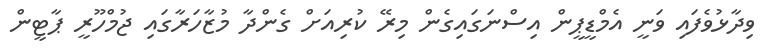
ވިދާޅުވެފައި ވަނީ އެމްޑީޕީން އިސްނަގައިގެން މިރޭ ކުރިއަށް ގެންދާ މުޒާހަރާގައި ޖުމްހޫރީ ޕާޓީން